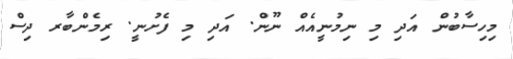
މިހިސާބުން އަދި މި ނިމުނީއެއް ނޫން. އަދި މި ފެށުނީ. ރިމެންބާރ ދިސް